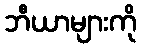
ဘီယာများကို